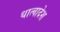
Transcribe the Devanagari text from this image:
धात्वादेश